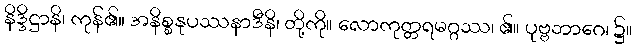
နိဒ္ဒိဋ္ဌာနိ၊ ကုန်၏။ အနိစ္စနုပဿနာဒီနိ၊ တို့ကို။ လောကုတ္တရမဂ္ဂဿ၊ ၏။ ပုဗ္ဗဘာဂေ၊ ၌။